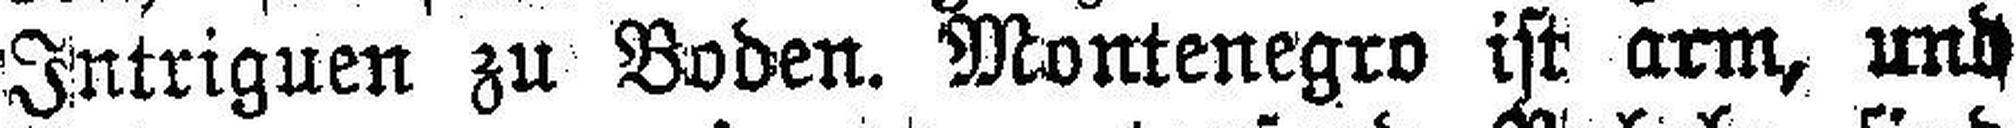
Intriguen zu Boden. Montenegro ist arm, und